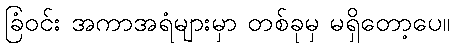
ခြံဝင်း အကာအရံများမှာ တစ်ခုမှ မရှိတော့ပေ။